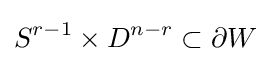
S^{r-1}\times D^{n-r}\subset \partial W